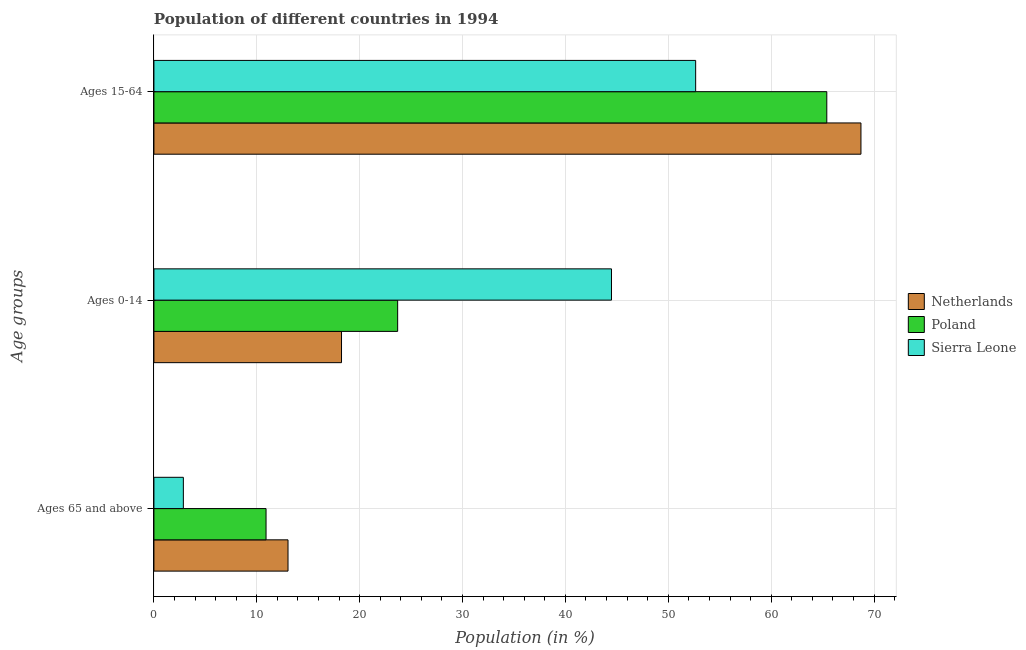
| Age groups | Netherlands | Poland | Sierra Leone |
 | --- | --- | --- | --- |
 | Ages 65 and above | 13 | 10.9 | 2.86 |
 | Ages 0-14 | 18.2 | 23.7 | 44.5 |
 | Ages 15-64 | 68.7 | 65.4 | 52.7 |